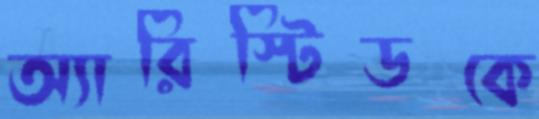
অ্যারিস্টিডকে